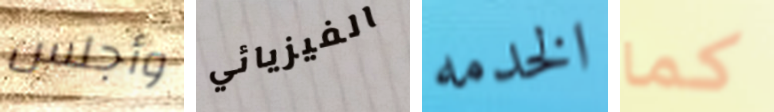
وأجلس الفيزيائي الخدمه كما